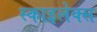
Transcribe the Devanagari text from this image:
स्काइलेक्स